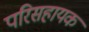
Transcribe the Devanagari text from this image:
परिसहायक